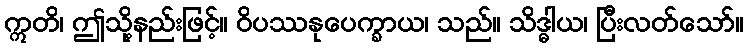
ဣတိ၊ ဤသို့နည်းဖြင့်။ ဝိပဿနုပေက္ခာယ၊ သည်။ သိဒ္ဓါယ၊ ပြီးလတ်သော်။